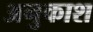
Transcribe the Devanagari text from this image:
अनुकाश